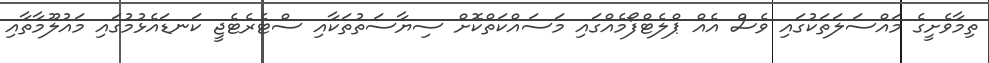
ތިމާވެށީގެ މައްސަލަތަކުގައި ވެސް އެއް ޕްލެޓްފޯމެއްގައި މަސައްކަތްކޮށް ސިޔާސަތުތަކާއި ސްޓެރެޓެޖީ ކަނޑައެޅުމުގައި މައުލޫމާތާއި